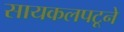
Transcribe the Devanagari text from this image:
सायकलपटूने